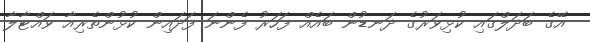
އޭގެ ބަދަލްގައި ކުޅިވަރުގެ ދަނޑުން ބައެއް ފަހަރު ފެންނަ ފަދައިން ކުޅުންތެރިއާ ވައްޓާލާ